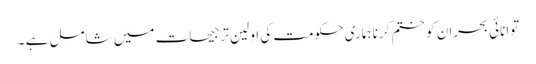
توانائی بحران کو ختم کرنا ہماری حکومت کی اولین ترجیحات میں شامل ہے ۔